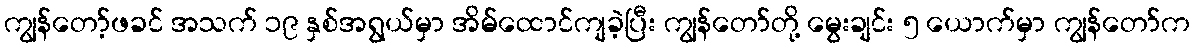
ကျွန်တော့်ဖခင် အသက် ၁၉ နှစ်အရွယ်မှာ အိမ်ထောင်ကျခဲ့ပြီး ကျွန်တော်တို့ မွေးချင်း ၅ ယောက်မှာ ကျွန်တော်က